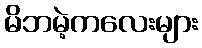
မိဘမဲ့ကလေးများ